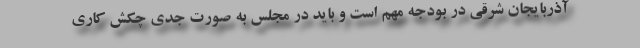
آذربایجان شرقی در بودجه مهم است و باید در مجلس به صورت جدی چکش کاری